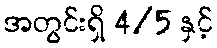
အတွင်းရှိ 4/5 နှင့်